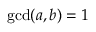
\operatorname* { g c d } ( a , b ) = 1